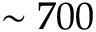
\sim 7 0 0